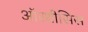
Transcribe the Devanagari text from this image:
ऑरथीसिस